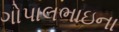
ગોપાલભાઇના